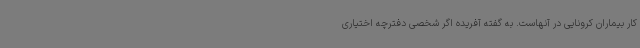
کار بیماران کرونایی در آنهاست. به گفته آفریده اگر شخصی دفترچه اختیاری